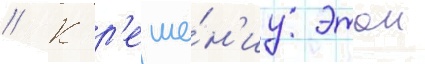
// К р'еше́н'иу этои